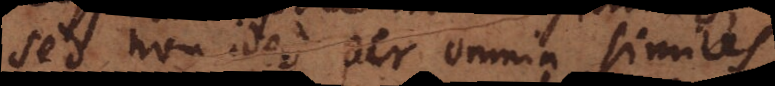
sed non ideo per omnia similes